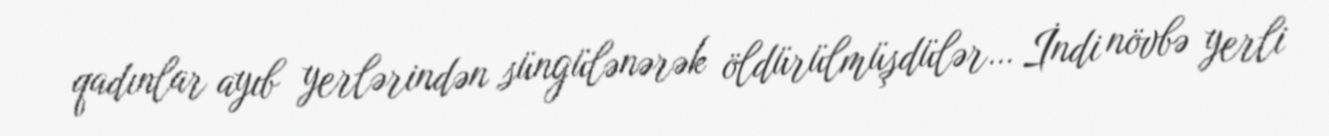
qadınlar ayıb yerlərindən süngülənərək öldürülmüşdülər… İndi növbə yerli